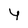
Character: y